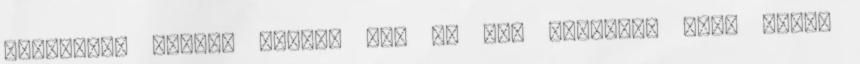
Melletted leszek addig, míg rá nem ébredek, hogy közös